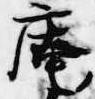
庵